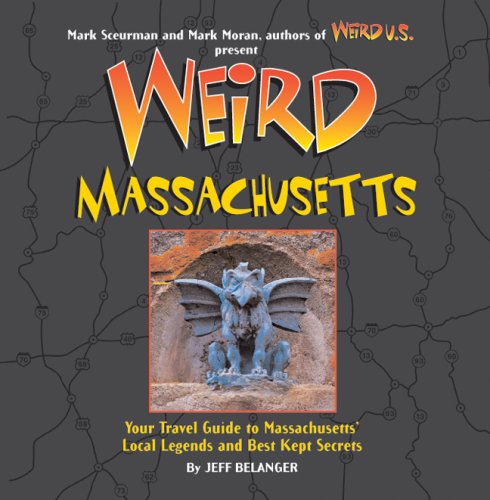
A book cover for Weird Massachusetts: Your Travel Guide to Massachusetts' Local Legends and Best Kept Secrets; Jeff Belanger; Humor & Entertainment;